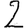
Digit: 2